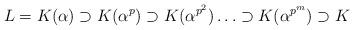
LaTeX: \begin{align*} L=K(\alpha)\supset K(\alpha^p)\supset K(\alpha^{p^2})\ldots\supset K(\alpha^{p^m}) \supset K\end{align*}